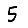
Digit: 5